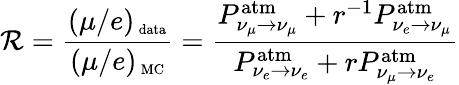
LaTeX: \mathcal{R}=\frac{{(\mu/e)_{\mathrm{{\scriptsize~data}}}}}{{(\mu/e)_{\mathrm{{\scriptsize~MC}}}}}=\frac{{P_{\nu_{\mu}\to\nu_{\mu}}^{\mathrm{{atm}}}+r^{-1}P_{\nu_{e}\to\nu_{\mu}}^{\mathrm{{atm}}}}}{{P_{\nu_{e}\to\nu_{e}}^{\mathrm{{atm}}}+rP_{\nu_{\mu}\to\nu_{e}}^{\mathrm{{atm}}}}}